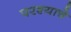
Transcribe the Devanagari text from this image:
परश्याचे